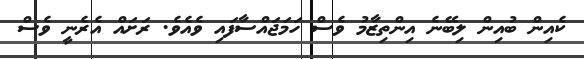
ކެއިން ބުއިން ލިބޭނެ އިންތިޒާމު ވެސް ހަމަޖައްސާފައި ވެއެވެ. ރަށައް އެރެނީ ވެސް